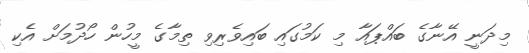
މިދަނީ އޭނާގެ ބައްޕައާ މި ކަމުގައި ބައިވެރިވި ތިމާގެ މީހުން ހޯދުމަށް އެކި